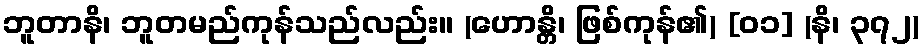
ဘူတာနိ၊ ဘူတမည်ကုန်သည်လည်း။ (ဟောန္တိ၊ ဖြစ်ကုန်၏) [၀၁] (နိ၊ ၃၇၂)